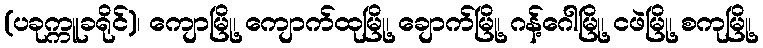
(ပခုက္ကူခရိုင်)၊ ကျောမြို့၊ ကျောက်ထုမြို့၊ ချောက်မြို့၊ ဂန့်ဂေါမြို့၊ ငဖဲမြို့၊ စကုမြို့၊